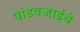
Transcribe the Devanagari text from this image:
पांडवजाईचे